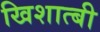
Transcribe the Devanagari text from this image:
खिशात्बी